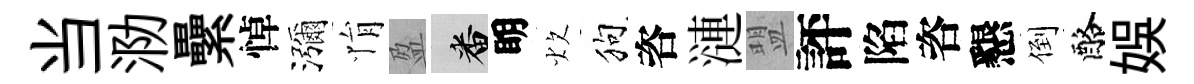
当泐纍悼瀰悁盈番眀炊狗咨漣盟評陷咨懇倒酪娱